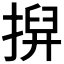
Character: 𢱲